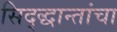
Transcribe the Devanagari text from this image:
सिद्द्धान्तांचा